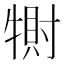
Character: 𤛀